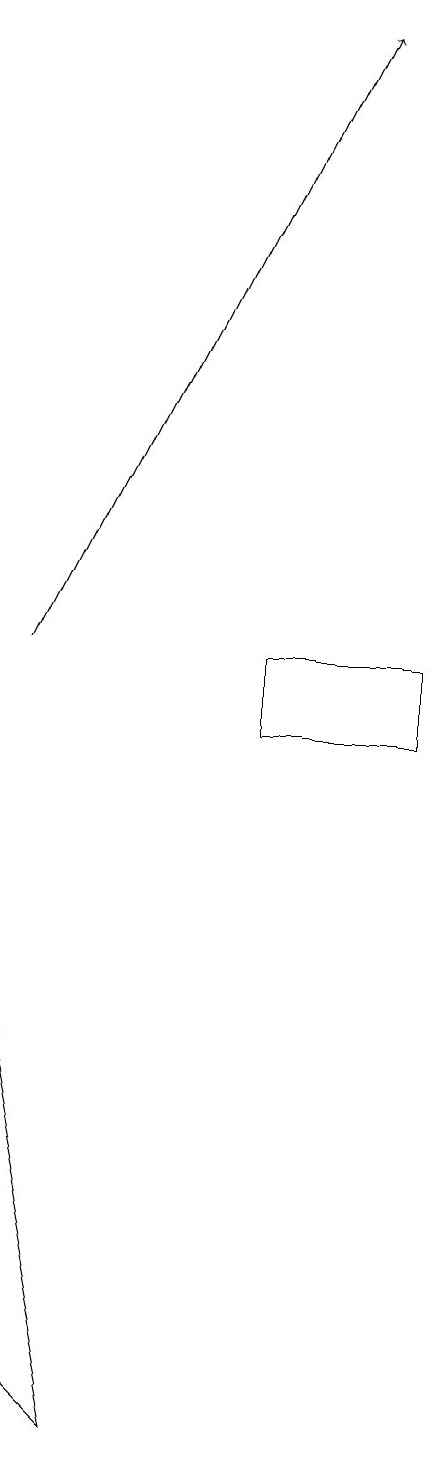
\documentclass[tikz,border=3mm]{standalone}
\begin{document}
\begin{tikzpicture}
\draw (8,10) rectangle (6,11);
\draw (3,2) -- (4,1) -- (3,6) -- cycle;
\draw[->] (3,11) -- (7,19);
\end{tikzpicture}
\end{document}